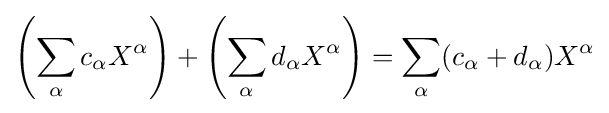
\left(\sum _{\alpha }c_{\alpha }X^{\alpha }\right)+\left(\sum _{\alpha }d_{\alpha }X^{\alpha }\right)=\sum _{\alpha }(c_{\alpha }+d_{\alpha })X^{\alpha }